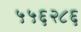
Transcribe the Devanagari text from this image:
५५६२८६